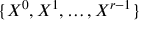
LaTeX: \{ X ^ { 0 } , X ^ { 1 } , \ldots , X ^ { r - 1 } \}